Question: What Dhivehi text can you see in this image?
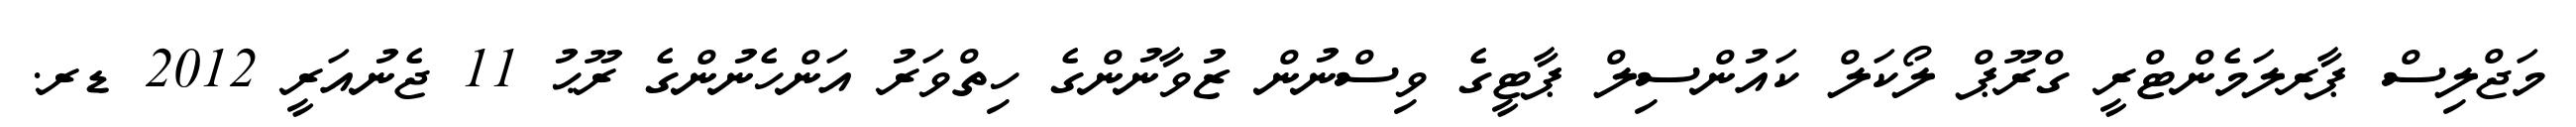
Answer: މަޖްލިސް ޕާރލަމެންޓްރީ ގްރޫޕް ލޯކަލް ކައުންސިލް ޕާޓީގެ ވިސްނުން ޒުވާނުންގެ ހިތްވަރު އަންހެނުންގެ ރޫޙު 11 ޖެނުއަރީ 2012 ޑރ.